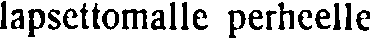
lapsettomalle perheelle